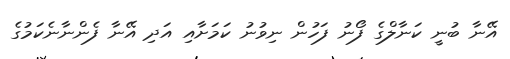
އޭނާ ބުނީ ކަނާލްގެ ފޯނު ފަހުން ނިވުނު ކަމަށާއި އަދި އޭނާ ފެންނާނެކަމުގެ